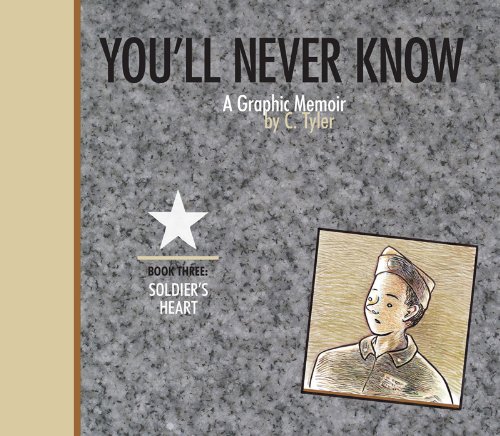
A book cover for You'll Never Know Book Three: "Soldier's Heart" (Vol. 3)  (You'll Never Know); C. Tyler; Comics & Graphic Novels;